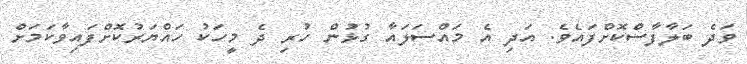
ވަދެ ބަލާފާސްކޮށްފައެވެ. އަދި އެ މައްސަލައާ ގުޅުން ހުރި ދެ މީހަކު ހައްޔަރުކޮށްފައިވާކަމަށް